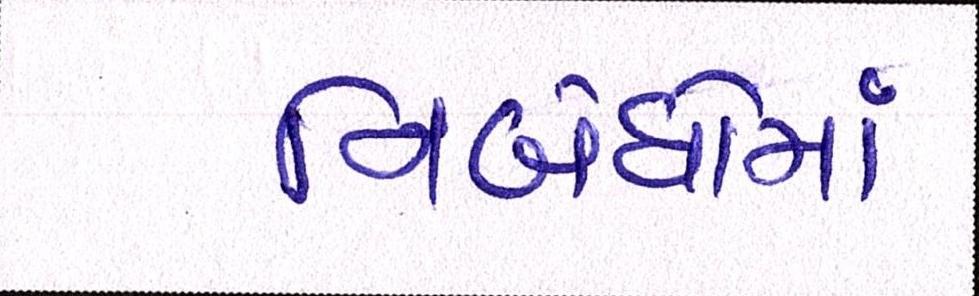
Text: નિબંધોમાં